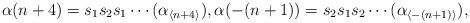
LaTeX: \begin{align*}\alpha(n+4) = s_1s_2s_1\cdots (\alpha_{\langle n + 4 \rangle}),\alpha(-(n+1)) = s_2s_1s_2\cdots (\alpha_{\langle -(n+1)\rangle}),\end{align*}